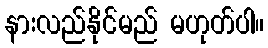
နားလည်နိုင်မည် မဟုတ်ပါ။